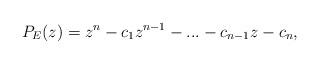
LaTeX: \begin{align*}P_E(z) = z^n - c_1z^{n-1} - ... - c_{n-1}z - c_n,\end{align*}